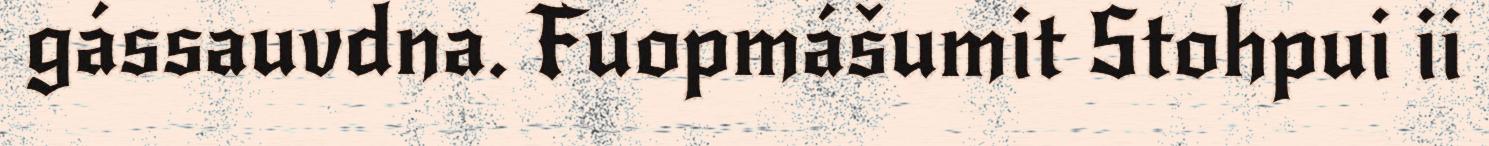
gássauvdna. Fuopmášumit Stohpui ii